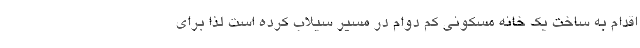
اقدام به ساخت یک خانه مسکونی کم دوام در مسیر سیلاب کرده است لذا برای